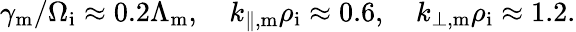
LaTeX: \gamma_{\mathrm{m}}/\Omega_{\mathrm{i}}\approx 0.2\Lambda_{\mathrm{m}},\quad k_{\parallel,\mathrm{m}}\rho_{\mathrm{i}}\approx 0.6,\quad k_{\perp,\mathrm{m}}\rho_{\mathrm{i}}\approx 1.2.